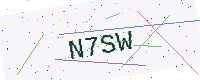
Text: N7SW